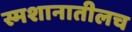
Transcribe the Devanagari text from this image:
स्मशानातीलच